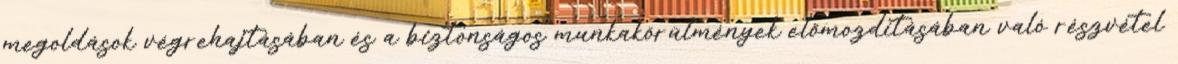
megoldások végrehajtásában és a biztonságos munkakörülmények előmozdításában való részvétel